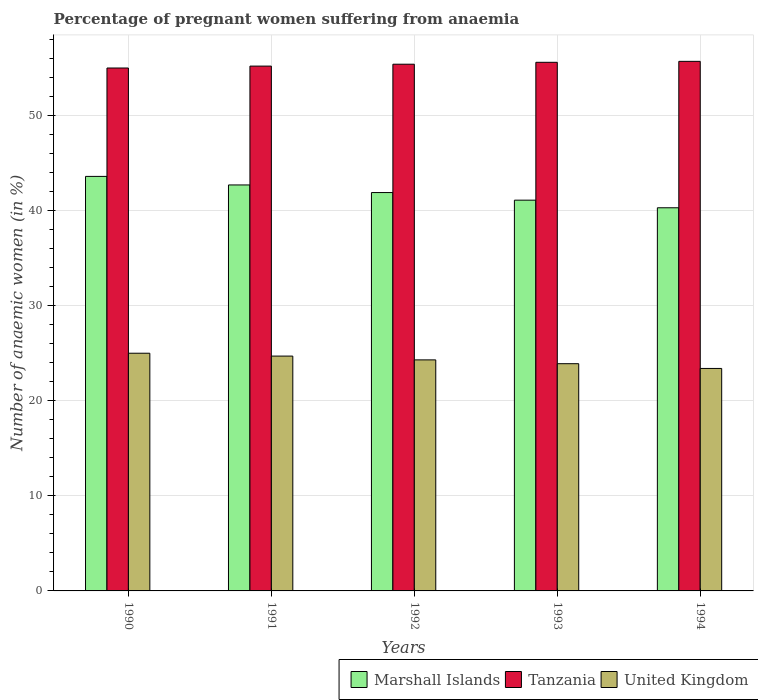
| Years | Marshall Islands | Tanzania | United Kingdom |
 | --- | --- | --- | --- |
 | 1990 | 43.6 | 55 | 25 |
 | 1991 | 42.7 | 55.2 | 24.7 |
 | 1992 | 41.9 | 55.4 | 24.3 |
 | 1993 | 41.1 | 55.6 | 23.9 |
 | 1994 | 40.3 | 55.7 | 23.4 |